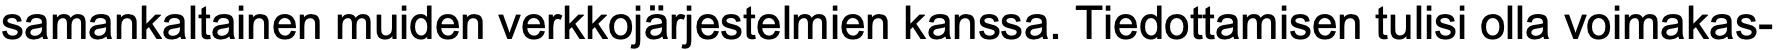
samankaltainen muiden verkkojärjestelmien kanssa. Tiedottamisen tulisi olla voimakas-